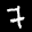
Label: 7